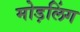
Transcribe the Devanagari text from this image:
मोड़लिंग